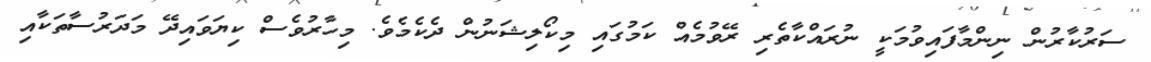
ސަރުކާރުން ނިންމާފައިވުމަކީ ނުރައްކާތެރި ރޭވުމެއް ކަމުގައި މިކޯލިޝަނުން ދެކެމެވެ. މިހާރުވެސް ކިޔަވައިދޭ މަދަރުސާތަކާއި